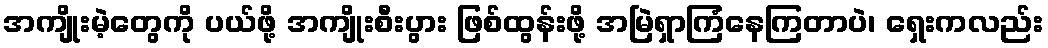
အကျိုးမဲ့တွေကို ပယ်ဖို့ အကျိုးစီးပွား ဖြစ်ထွန်းဖို့ အမြဲရှာကြံနေကြတာပဲ၊ ရှေးကလည်း